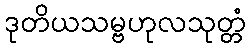
ဒုတိယသမ္ဗဟုလသုတ္တံ